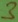
Text: 3